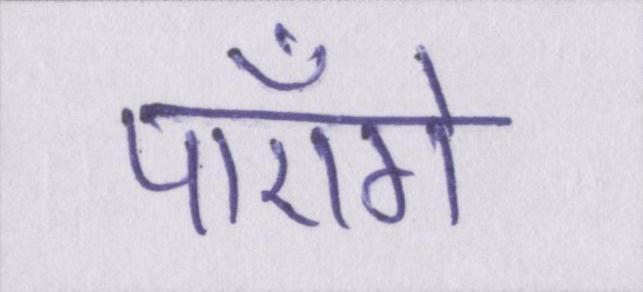
पाएँगे